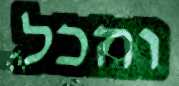
והכל